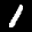
Label: 1